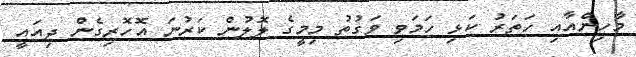
މާހިންއާއި ހަތަރު ކަޅި ހަމަވި ވަގުތު މިމީގެ ލޮލުން ކަރުނަ އޮހޮރިގެން ދިއައީ